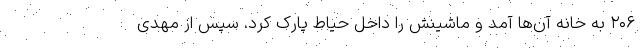
۲۰۶ به خانه آن‌ها آمد و ماشینش را داخل حیاط پارک کرد. سپس از مهدی